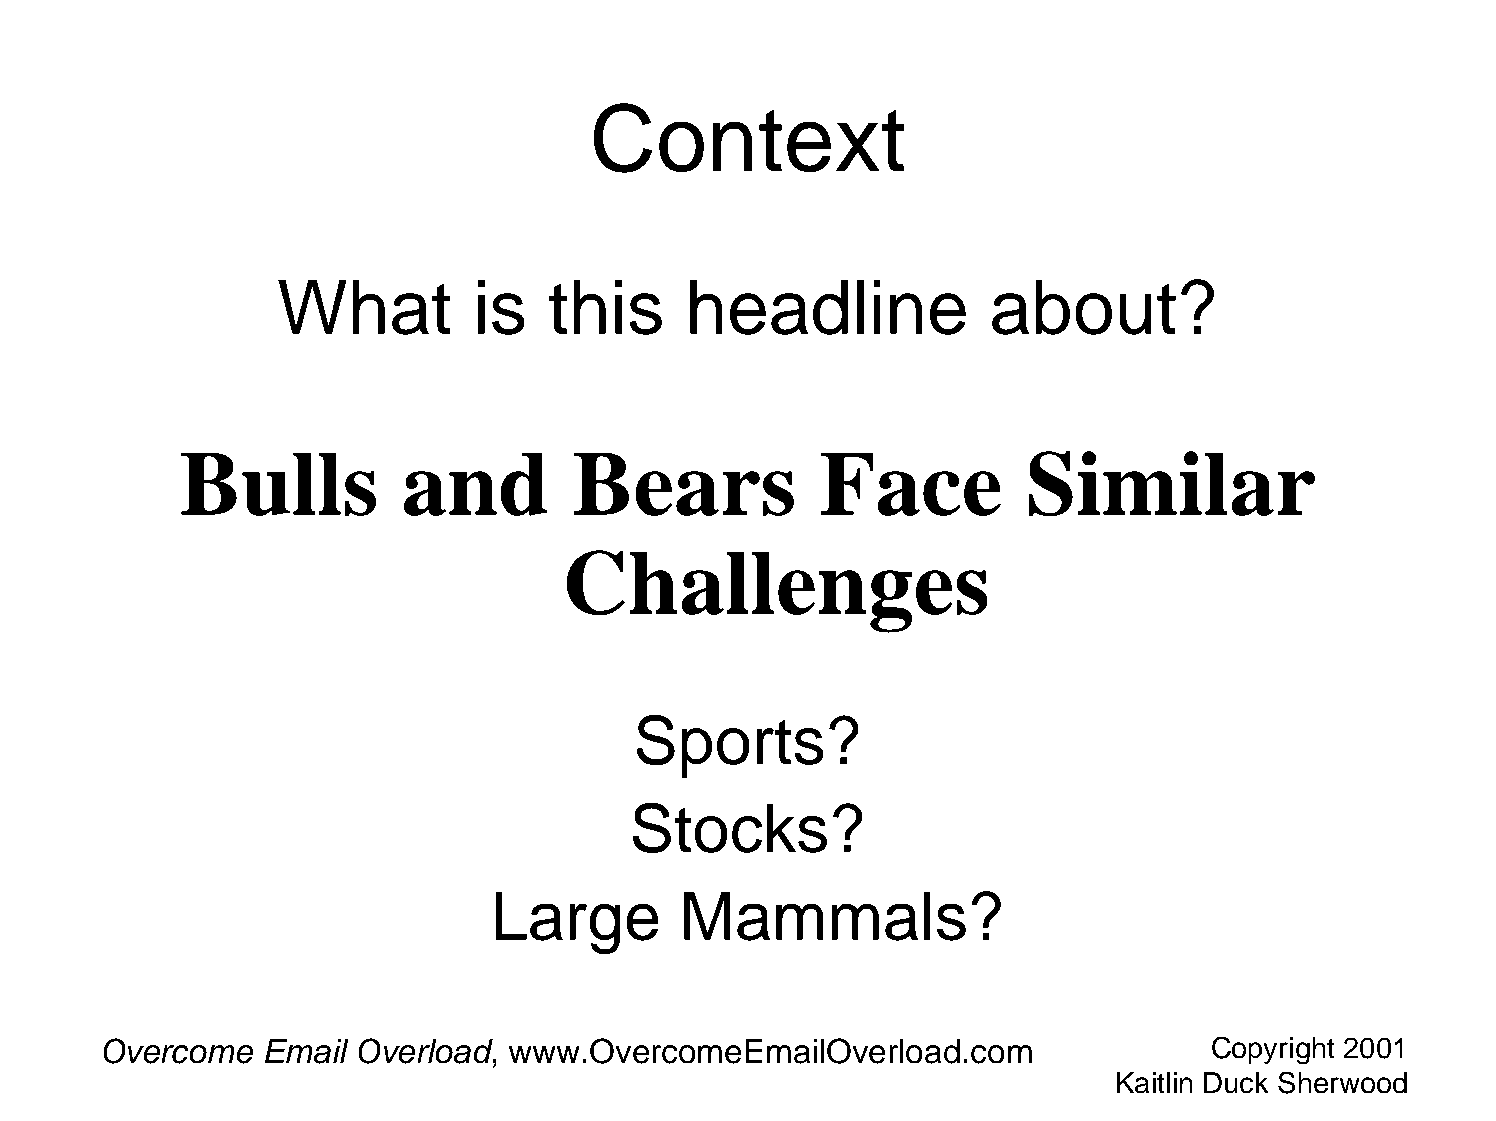
Context
 What         is   this     headline             about?
 Bulls          and        Bears           Face          Similar
 Challenges
 Sports?
 Stocks?
 Large       Mammals?
 Overcome  Email  Overload, www.OvercomeEmailOverload.com                 Copyright 2001
 Kaitlin Duck Sherwood